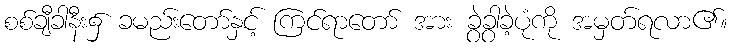
စစ်ချီခါနီး၌ ခမည်းတော်နှင့် ကြင်ရာတော် အား ခွဲခွာခဲ့ပုံကို အမှတ်ရလာ၏။